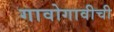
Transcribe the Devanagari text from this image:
गावोगावीची